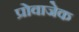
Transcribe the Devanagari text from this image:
प्रोवाजेक